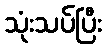
သုံးသပ်ပြီး